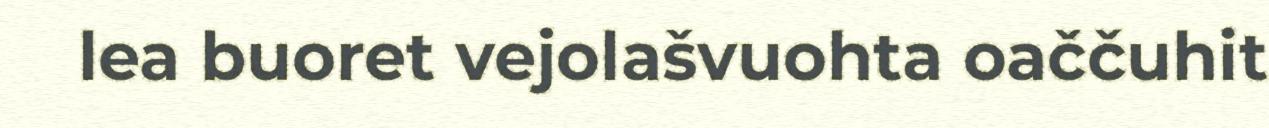
lea buoret vejolašvuohta oaččuhit